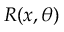
R ( x , \theta )